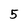
Character: 5